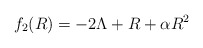
\begin{align*}f_{2} (R) = - 2 \Lambda + R + \alpha R^{2}\end{align*}